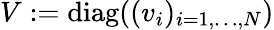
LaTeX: V:=\mathrm{diag}((v_{i})_{i=1,\dots,N})